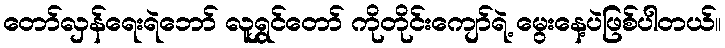
တော်လှန်ရေးရဲဘော် လူရွှင်တော် ကိုတိုင်းကျော်ရဲ့ မွေးနေ့ပဲဖြစ်ပါတယ်။